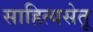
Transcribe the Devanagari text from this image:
साहित्यसेतू